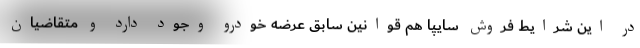
در این شرایط فروش سایپا هم قوانین سابق عرضه خودرو وجود دارد و متقاضیان